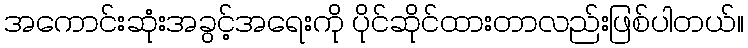
အကောင်းဆုံးအခွင့်အရေးကို ပိုင်ဆိုင်ထားတာလည်းဖြစ်ပါတယ်။